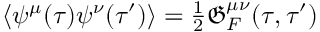
\begin{array} { r } { \langle \psi ^ { \mu } ( \tau ) \psi ^ { \nu } ( \tau ^ { \prime } ) \rangle = { \frac { 1 } { 2 } } \mathfrak G _ { F } ^ { \mu \nu } ( \tau , \tau ^ { \prime } ) } \end{array}